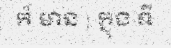
ក៏ មាន ) ក្នុង ទី